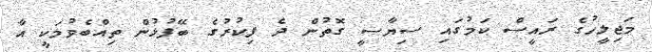
މަޖިލީހުގެ ރައީސް ކަމުގައި ސިޔާސީ ގޮތުން ދެ ފިކުރުގެ ބޭފުޅުން ތިއްބެވުމަކީ އާ